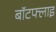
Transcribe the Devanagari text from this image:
बॉटफ्लाइ